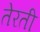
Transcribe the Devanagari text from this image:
तेरती